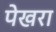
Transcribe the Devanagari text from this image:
पेखरा